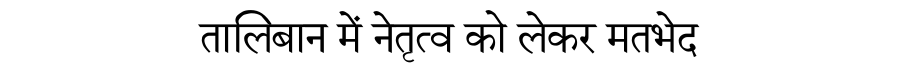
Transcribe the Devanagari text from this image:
तालिबान में नेतृत्व को लेकर मतभेद